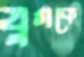
যুগকে